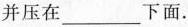
并压在_______下面.